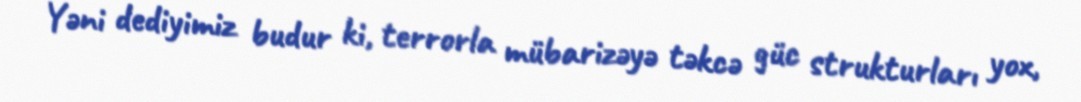
Yəni dediyimiz budur ki, terrorla mübarizəyə təkcə güc strukturları yox,